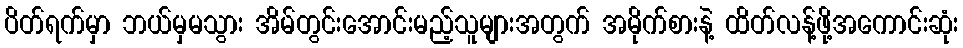
ပိတ်ရက်မှာ ဘယ်မှမသွား အိမ်တွင်းအောင်းမည့်သူများအတွက် အမိုက်စားနဲ့ ထိတ်လန့်ဖို့အကောင်းဆုံး